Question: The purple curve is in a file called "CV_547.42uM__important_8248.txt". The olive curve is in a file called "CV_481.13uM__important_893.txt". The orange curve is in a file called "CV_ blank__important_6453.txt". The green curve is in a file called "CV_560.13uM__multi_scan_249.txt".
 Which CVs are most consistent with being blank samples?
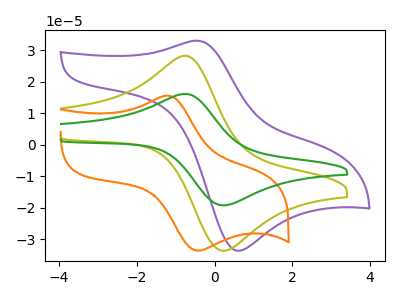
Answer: <think>The purple curve "547.42uM" has an anodic peak at (-0.45V, 33.10uA) and a cathodic peak at (0.55V, -33.70uA). The olive curve "481.13uM" has an anodic peak at (-0.75V, 28.30uA) and a cathodic peak at (0.30V, -33.70uA). The orange curve " blank" has an anodic peak at (-1.25V, 15.55uA) and a cathodic peak at (-0.40V, -33.75uA). The green curve "560.13uM" has an anodic peak at (-0.75V, 16.15uA) and a cathodic peak at (0.30V, -19.25uA).</think>
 <answer>There are not any CV's on this graph that are likely to be blanks.</answer>
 <eval>none</eval>